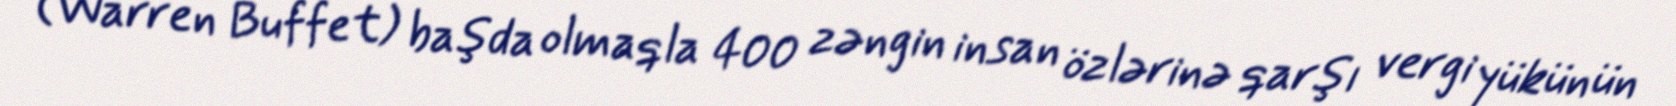
(Warren Buffet) başda olmaqla 400 zəngin insan özlərinə qarşı vergi yükünün